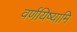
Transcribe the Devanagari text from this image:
वर्णयिष्यामि